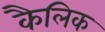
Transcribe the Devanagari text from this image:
कैलिक